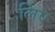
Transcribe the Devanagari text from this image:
र्लिए